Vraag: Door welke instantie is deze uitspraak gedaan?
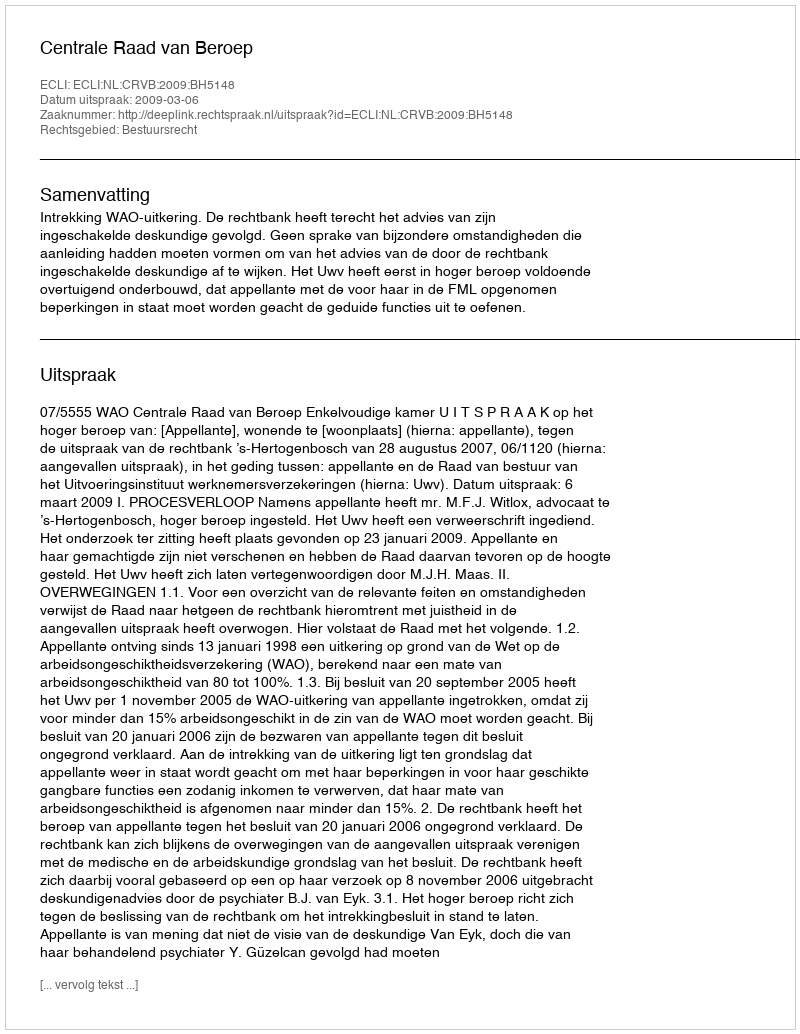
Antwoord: Centrale Raad van Beroep